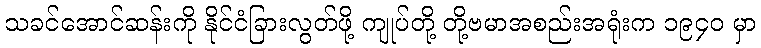
သခင်အောင်ဆန်းကို နိုင်ငံခြားလွတ်ဖို့ ကျုပ်တို့ တို့ဗမာအစည်းအရုံးက ၁၉၄၀ မှာ